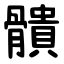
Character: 䯣